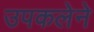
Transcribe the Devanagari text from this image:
उपकलेने